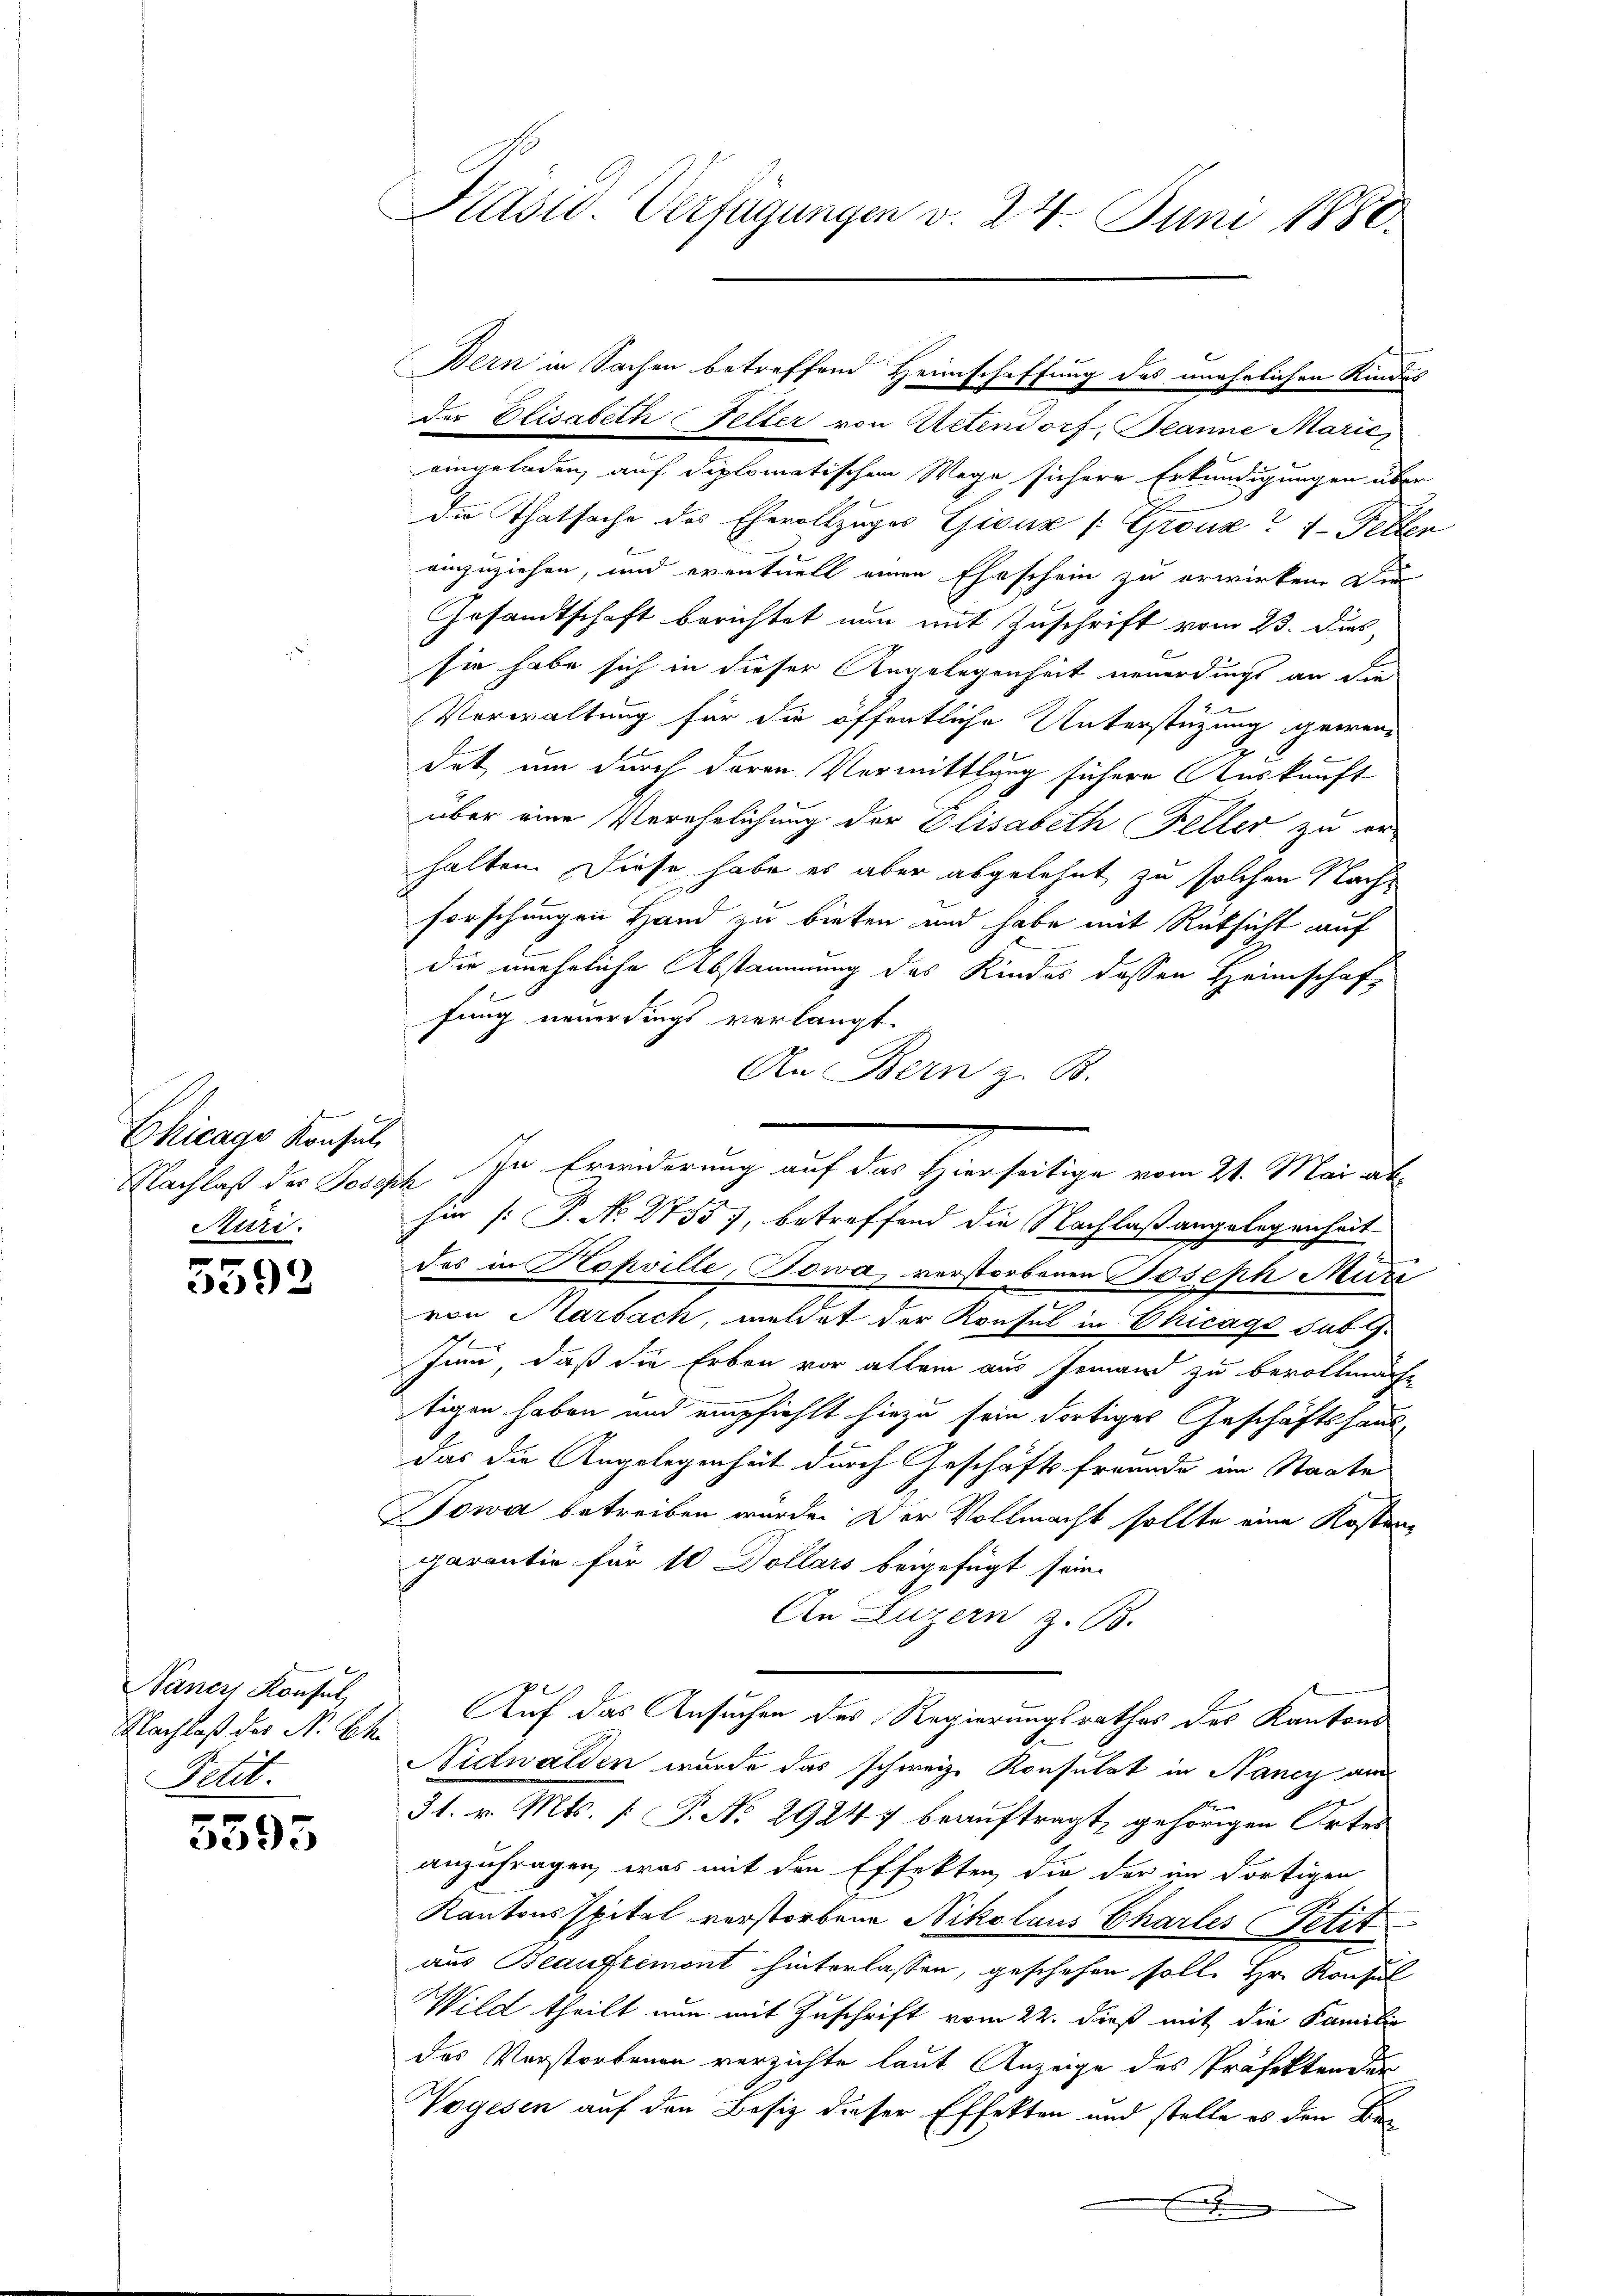
Chicago Konsul
Meri.

5592

Naner Konsul
Nachlaß der N. Ch.
Petit.

5595

der Elisabeth Feller von Actendorf, Beanne Marić,
eingeladen, auf diplomatischen Wege sichere Erkundigungen über
die Thatsache des Ehevollzuges Giouz /: Gronz? 7- Feller
einzuziehen, und eventuell einen Eheschein zu erwirken. Die
Gesandtschaft berichtet nun mit Zuschrift vom 23. Dies
sie habe sich in dieser Angelegenheit neuerdings an die
Verwaltung für die öffentliche Unterstützung gewendet, um durch deren Vermittlung sichere Auskunft
kremen
über eine Verehelichung der Elisabeth Feller zu er-
halten. Diese habe es aber abgelehnt zu solchen Nachforschungen Hand zu bieten und habe mit Rüksicht auf
dir unehrliche Abstammung des Kindes dessen Heimschaft
fung neuerdings verlangt.
An Bern z. B.
hin [P. No. 2755), betreffend die Nachlaßangelegenheit
des in Kopville, Towa, verstorbenen Joseph Muri
von Marbach, meldet der Konsul in Chicago sub J.
Juni, daß die Erben vor allem aus Jemand zu bevollmäch
tigen haben und empfiehlt hiezu sein dortiges Geschäftshausdas die Angelegenheit durch Geschäftsfreunde im Staate
Sowa betreiben wurde. Der Vollmacht sollte eine Kostenz
parantie für 10 Dollars beigefügt sein.
An Luzern z. B.
Auf das Ansuchen des Regierungsrathes des Kantons
Nidwalden wurde das schweiz. Konsulat in Nancy am
31. v. Mts. [ P. No 29247 beauftragt, gehörigen Ortes
anzufragen, was mit den Effekten, die der im dortigen
Kantonsspital verstorbene Nikolaus Chartes Petit
aus Beauftemont hinterlassen, geschehen solle Hr. Konsul
Wild theilt nun mit Zuschrift vom 22. dieß mit die Familie
des Vorstorbenen verzichte laut Anzeige des Präfektender
Vogesen auf den Besiz dieser Effekten und stelle es den Be¬
.

Präsid. Verfügungen v. 24 Juni 1880.

Bern in Sachen betreffend Heimschaffung des unehrlichen Kindes

Nachlaß der Parisch in Erwiderung auf das Hierseitige vom 21. Marial